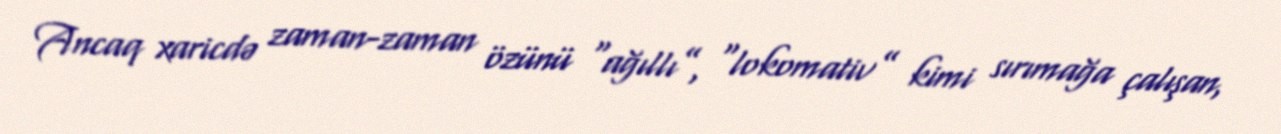
Ancaq xaricdə zaman-zaman özünü “ağıllı”, “lokomativ” kimi sırımağa çalışan,